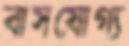
বাসযোগ্য